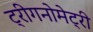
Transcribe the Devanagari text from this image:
ट्रीगनोमेट्री